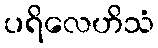
ပရိလေဟိသံ